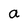
Character: a